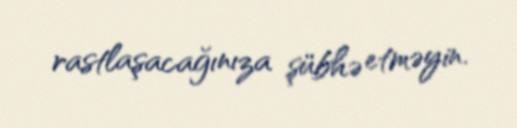
rastlaşacağınıza şübhə etməyin.